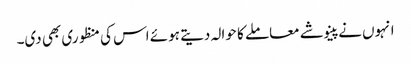
انہوں نے پینوشے معاملے کا حوالہ دیتے ہوئے اس کی منظوری بھی دی۔